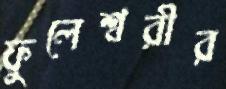
ফুলেশ্বরীর